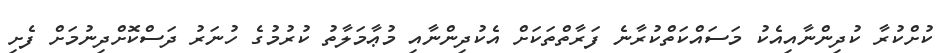
ކުށްކުރާ ކުދިންނާއިއެކު މަސައްކަތްކުރާނެ ފަރާތްތަކަށް އެކުދިންނާއި މުޢާމަލާތު ކުރުމުގެ ހުނަރު ދަސްކޮށްދިނުމަށް ފެށި